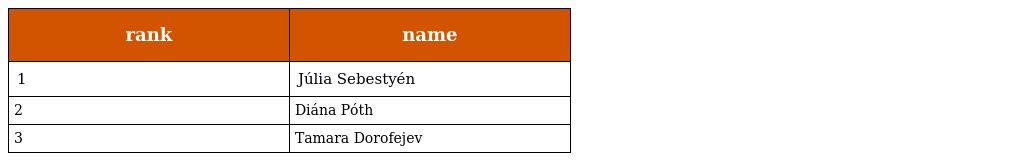
| rank | name |
 | --- | --- |
 | 1 | Júlia Sebestyén |
 | 2 | Diána Póth |
 | 3 | Tamara Dorofejev |